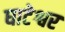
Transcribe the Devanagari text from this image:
घाटेश्वर